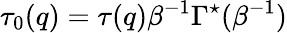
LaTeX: \tau_{0}(q)=\tau(q)\beta^{-1}\Gamma^{\star}(\beta^{-1})